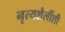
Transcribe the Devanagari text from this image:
नृत्यशैलींशी